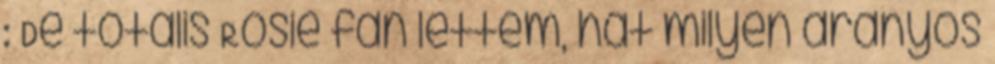
: De totális Rosie fan lettem, hát milyen aranyos